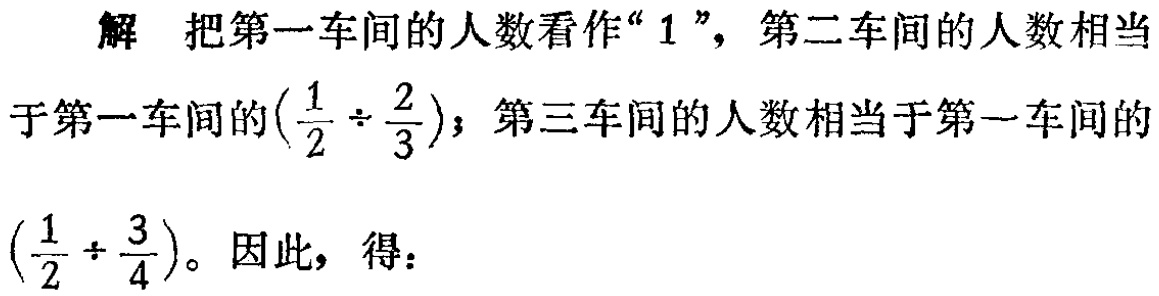
解 把第一车间的人数看作“$1$”，第二车间的人数相当

于第一车间的\((\frac{1}{2} \div \frac{2}{3})\)；第三车间的人数相当于第一车间的

\((\frac{1}{2} \div \frac{3}{4})\)。因此，得：